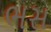
ભસ